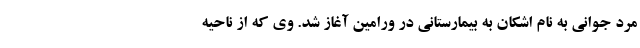
مرد جوانی به نام اشکان به بیمارستانی در ورامین آغاز شد. وی که از ناحیه